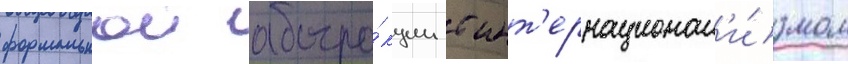
формальнои абстра́кции с инт'ернационал'и́змом